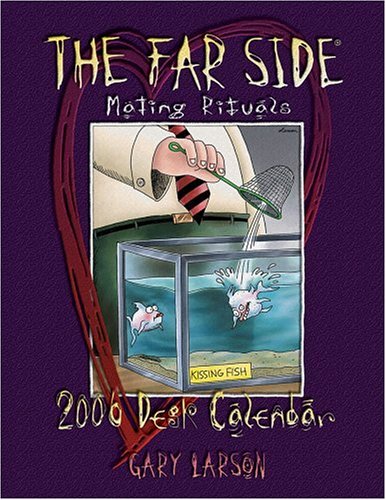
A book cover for The Far Side Mating Rituals 2006 Desk Calendar; Gary Larson; Calendars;